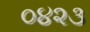
૦૪૨૩